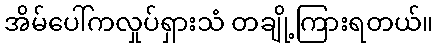
အိမ်ပေါ်ကလှုပ်ရှားသံ တချို့ကြားရတယ်။